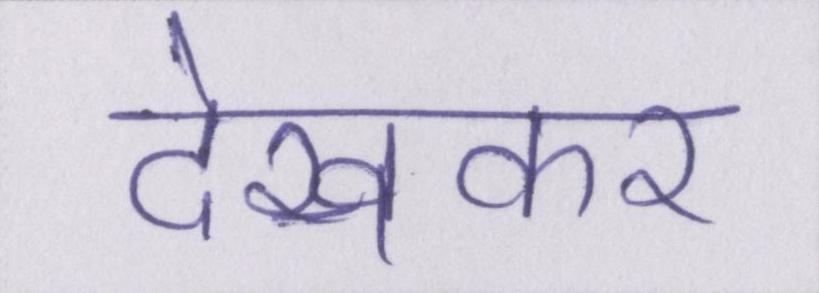
देखकर